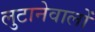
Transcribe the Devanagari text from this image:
लुटानेवालों